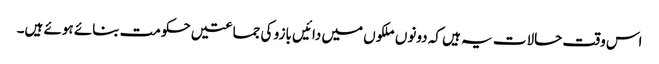
اس وقت حالات یہ ہیں کہ دونوں ملکوں میں دائیں بازو کی جماعتیں حکومت بنائے ہوئے ہیں۔